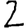
Digit: 2